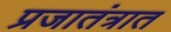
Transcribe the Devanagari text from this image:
प्रजातंत्रात